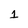
Character: 1